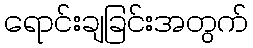
ရောင်းချခြင်းအတွက်